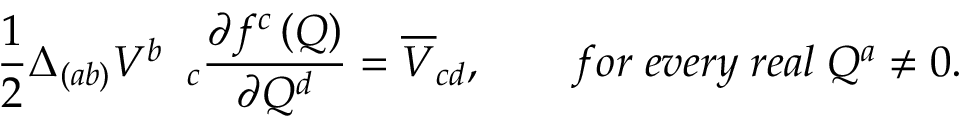
\frac 1 2 \Delta _ { ( a b ) } V _ { \quad c } ^ { b } \frac { \partial f ^ { c } \left( Q \right) } { \partial Q ^ { d } } = \overline { { { V } } } _ { c d } , \qquad f o r \; e v e r y \; r e a l \; Q ^ { a } \neq 0 .